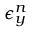
\epsilon _ { y } ^ { n }